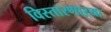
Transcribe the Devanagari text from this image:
विस्तारणाऱ्या